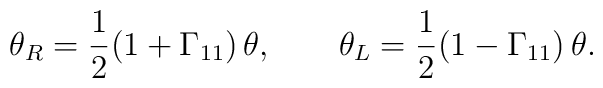
\theta_R = {1 \over 2} (1 + \Gamma_{11})\,\theta, \qquad \theta_L = {1 \over 2}(1 - \Gamma_{11})\,\theta.